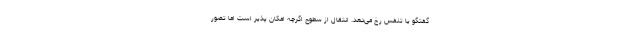
گفتگو یا تنفس رخ می‌دهد. انتقال از سطوح اگرچه امکان پذیر است اما تصور